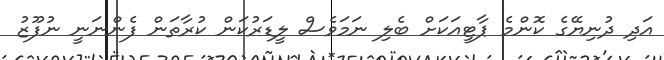
އަދި ދުނިޔޭގެ ކޮންމެ ޕާޓީއަކަށް ބެލި ނަމަވެސް ލީޑަރުކަން ކުރާތަން ފެންނަނީ ނުފޫޒު